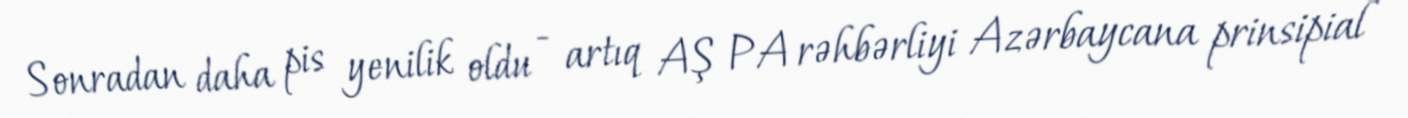
Sonradan daha pis yenilik oldu - artıq AŞ PA rəhbərliyi Azərbaycana prinsipial